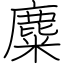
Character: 麋